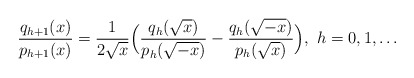
\begin{align*}\frac{q_{h+1}(x)}{p_{h+1}(x)}=\frac{1}{2\sqrt x}\Big(\frac{q_h(\sqrt x)}{p_h(\sqrt{-x})}-\frac{q_h(\sqrt {-x})}{p_h(\sqrt x)}\Big),~h=0,1,\dots\end{align*}